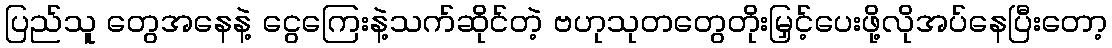
ပြည်သူ တွေအနေနဲ့ ငွေကြေးနဲ့သက်ဆိုင်တဲ့ ဗဟုသုတတွေတိုးမြှင့်ပေးဖို့လိုအပ်နေပြီးတော့